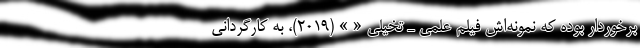
برخوردار بوده که نمونه‌اش فیلم علمی ـ تخیلی « » (۲۰۱۹)، به کارگردانی